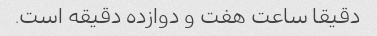
دقیقا ساعت هفت و دوازده دقیقه است.